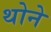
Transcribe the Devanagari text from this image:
थोने